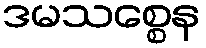
ဒမသစ္စေန